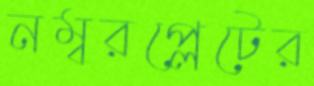
নম্বরপ্লেটের